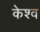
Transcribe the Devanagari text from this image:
केश्व